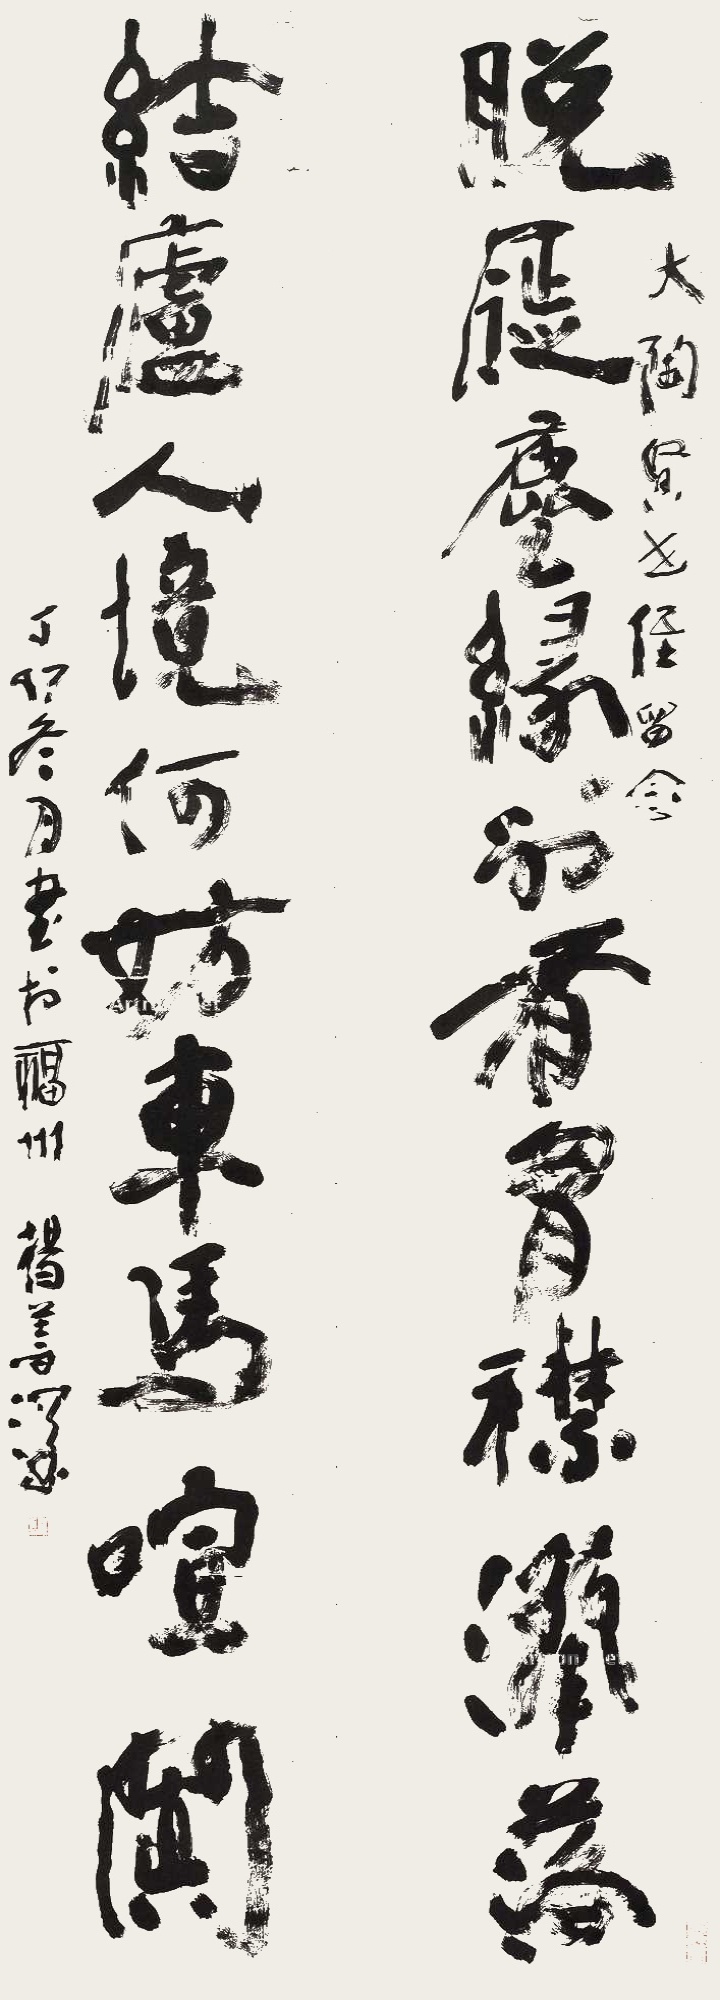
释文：脱屣尘缘别有胸襟洒落，结庐人境何妨车马喧阗。大陶贤世侄留念，丁卯冬月书于福州，杨善深。